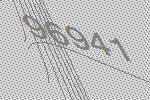
96941